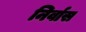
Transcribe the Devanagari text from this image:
निर्वास